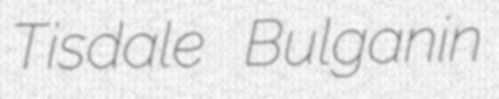
Tisdale Bulganin